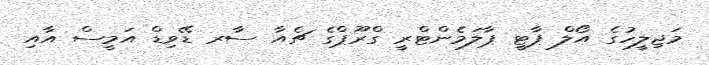
މަޖިލީހުގެ އޯލް ޕާޓީ ޕާލަމެންޓްރީ ގްރޫޕްގެ ޗެއާ ސާރ ޑޭވިޑް އަމީސް އާއި